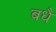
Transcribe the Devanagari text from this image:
बधै